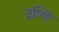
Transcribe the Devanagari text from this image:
व्रष्णि